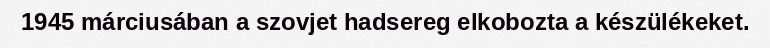
1945 márciusában a szovjet hadsereg elkobozta a készülékeket.